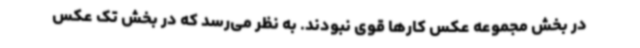
در بخش مجموعه عکس کارها قوی نبودند. به نظر می‌رسد که در بخش تک عکس